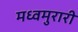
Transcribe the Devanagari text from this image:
मध्वमुरारी